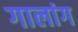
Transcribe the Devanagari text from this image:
गालांग